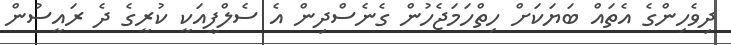
ދިވެހިންގެ އެތައް ބަޔަކަށް ހިތްހަމަޖެހުން ގެނެސްދިން އެ ސެލްފީއަކީ ކުރީގެ ދެ ރައީސުން